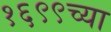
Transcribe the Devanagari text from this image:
१६९९च्या